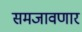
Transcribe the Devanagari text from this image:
समजावणार